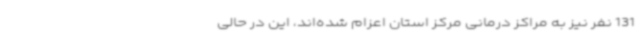
131 نفر نیز به مراکز درمانی مرکز استان اعزام شده‌اند، این در حالی